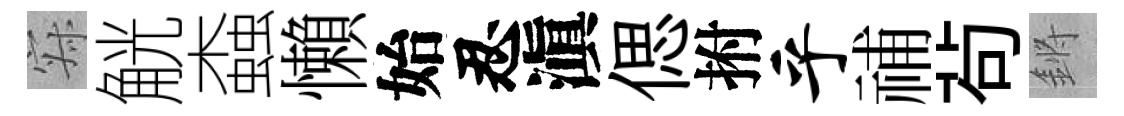
寂觥螙懶始忍滇偲拊乎𥙷茍鏘